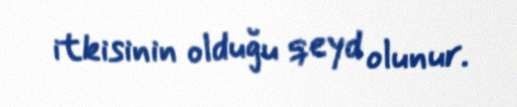
itkisinin olduğu qeyd olunur.